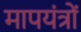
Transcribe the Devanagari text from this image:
मापयंत्रों